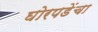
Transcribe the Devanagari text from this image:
घोरपडेंचा